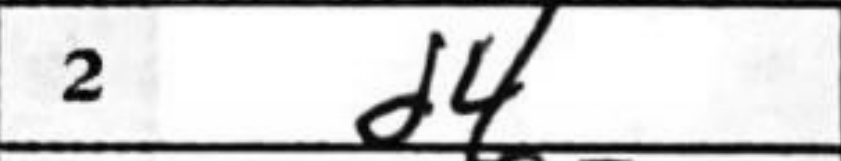
Transcription: d4